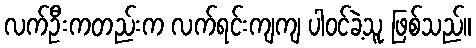
လက်ဦးကတည်းက လက်ရင်းကျကျ ပါဝင်ခဲ့သူ ဖြစ်သည်။